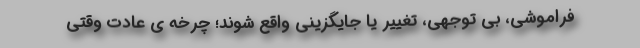
فراموشی، بی توجهی، تغییر یا جایگزینی واقع شوند؛ چرخه ی عادت وقتی